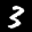
Label: 3